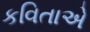
કવિતાએ